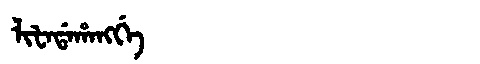
Manchu: ᠯᡳᡶᠠᡩᠠᡥᠠᠩᡤᡝ
Romanization: LIFADAHANGGE